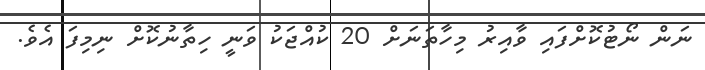
ނަން ނޯޓުކޮށްފައި ވާއިރު މިހާތަނަށް 20 ކުއްޖަކު ވަނީ ހިތާނުކޮށް ނިމިފަ އެވެ.